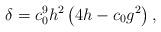
LaTeX: \begin{align*}\delta = c_0^9 h^2 \left(4h - c_0g^2\right) ,\end{align*}